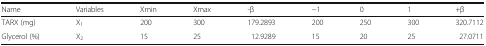
<table><thead><tr><td><b>Name</b></td><td><b>Variables</b></td><td><b>Xmin</b></td><td><b>Xmax</b></td><td><b>-β</b></td><td><b>−1</b></td><td><b>0</b></td><td><b>1</b></td><td><b>+β</b></td></tr></thead><tbody><tr><td>TARX (mg)</td><td>X<sub>1</sub></td><td>200</td><td>300</td><td>179.2893</td><td>200</td><td>250</td><td>300</td><td>320.7112</td></tr><tr><td>Glycerol (%)</td><td>X<sub>2</sub></td><td>15</td><td>25</td><td>12.9289</td><td>15</td><td>20</td><td>25</td><td>27.0711</td></tr></tbody></table>